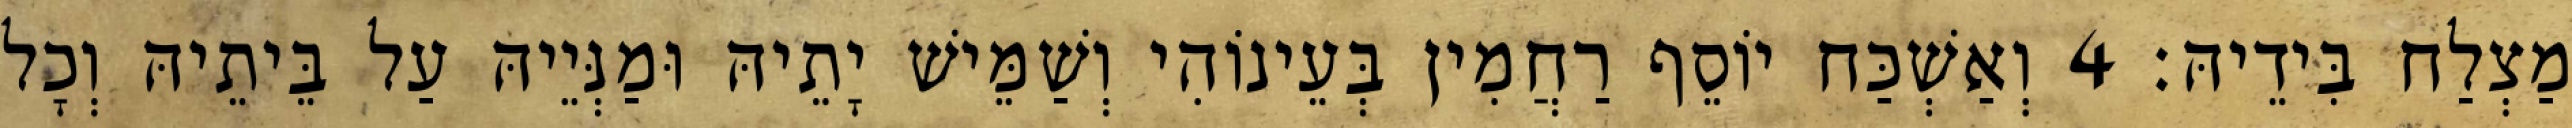
מַצְלַח בִּידֵיהּ׃ 4 וְאַשְׁכַּח יוֹסֵף רַחֲמִין בְּעֵינוֹהִי וְשַׁמֵּישׁ יָתֵיהּ וּמַנְּיֵיהּ עַל בֵּיתֵיהּ וְכָל